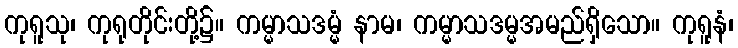
ကုရူသု၊ ကုရုတိုင်းတို့၌။ ကမ္မာသဒမ္မံ နာမ၊ ကမ္မာသဒမ္မအမည်ရှိသော။ ကုရူနံ၊